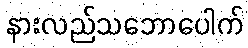
နားလည်သဘောပေါက်